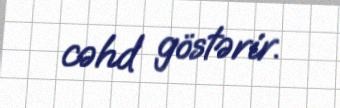
cəhd göstərir.